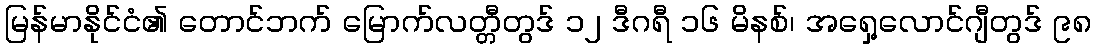
မြန်မာနိုင်ငံ၏ တောင်ဘက် မြောက်လတ္တီတွဒ် ၁၂ ဒီဂရီ ၁၆ မိနစ်၊ အရှေ့လောင်ဂျီတွဒ် ၉၈